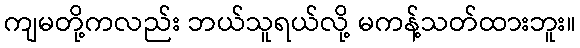
ကျမတို့ကလည်း ဘယ်သူရယ်လို့ မကန့်သတ်ထားဘူး။